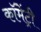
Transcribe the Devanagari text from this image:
कॉमेंट्री